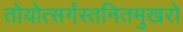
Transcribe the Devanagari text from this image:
तोयोत्सर्गस्तनितमुखरो